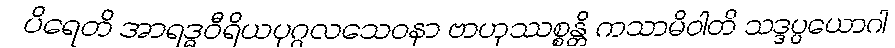
ပိရေတိ အာရဒ္ဓဝီရိယပုဂ္ဂလသေဝနာ ဗာဟုဿစ္စန္တိ ကသာမိဝါတိ သဒ္ဒပ္ပယောဂါ